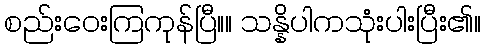
စည်းဝေးကြကုန်ပြီ။။ သန္နိပါကသုံးပါးပြီး၏။